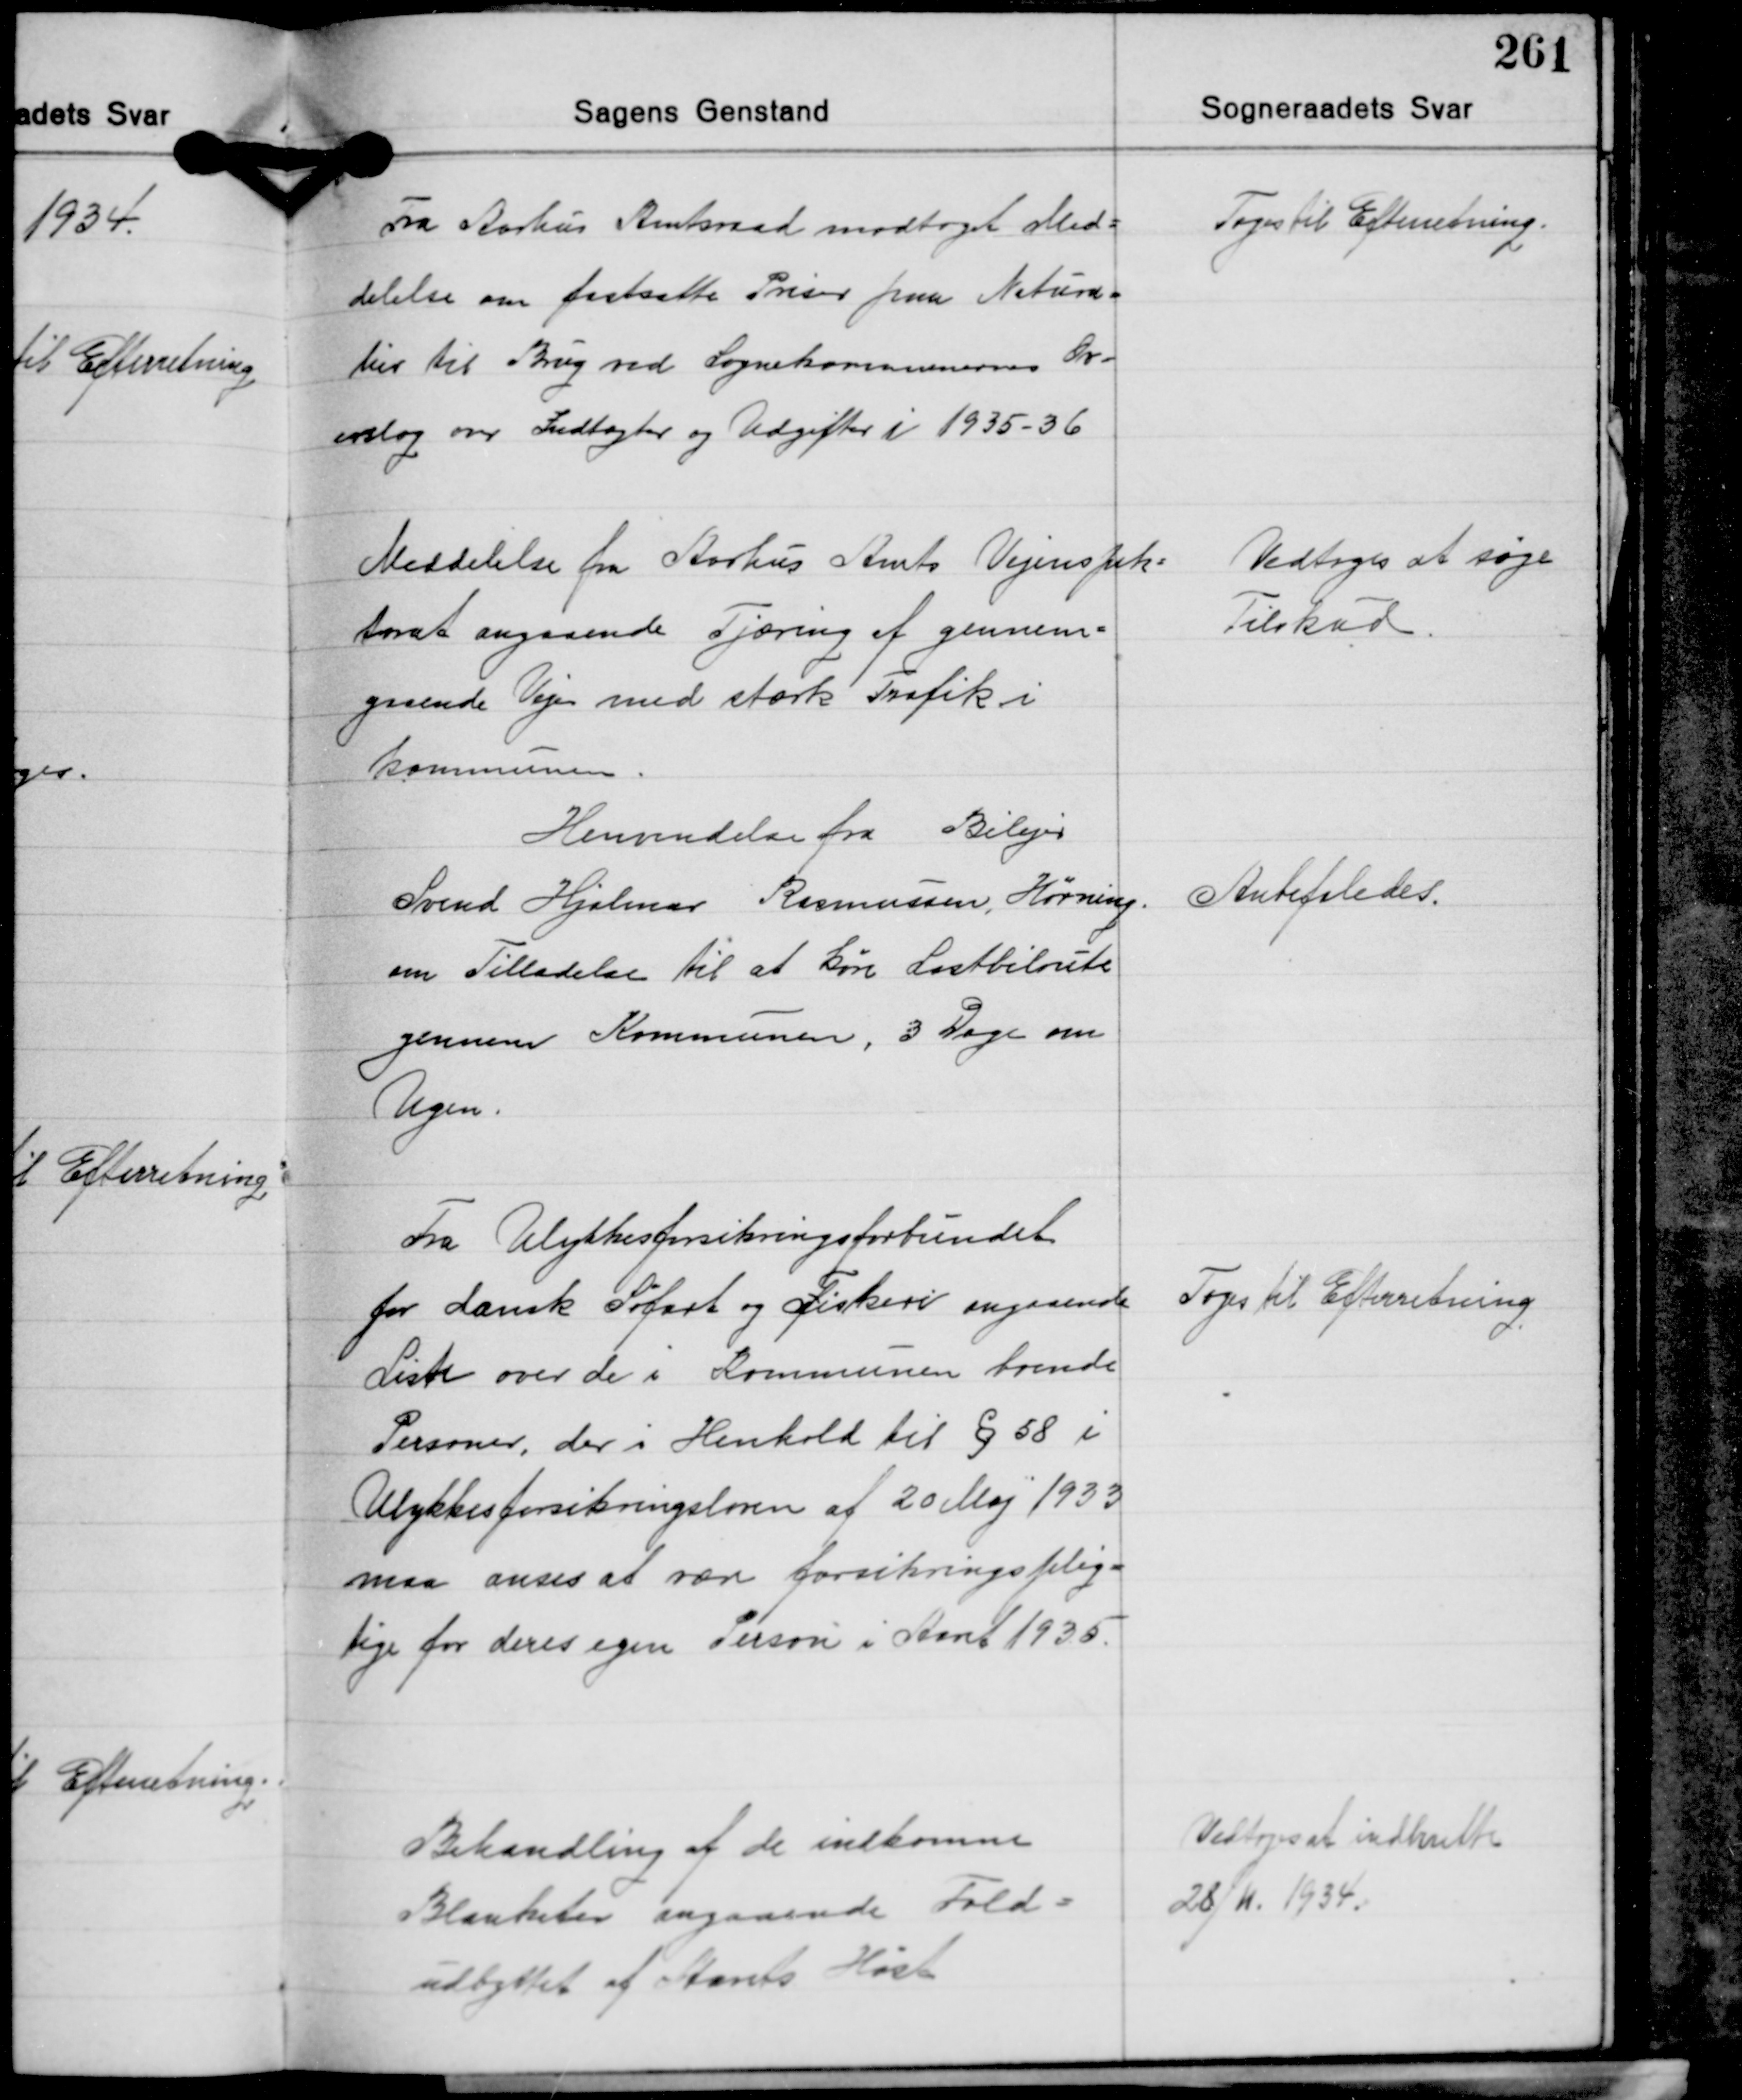
Transskription:
Fra Aarhus Amtsraad modtaget Med-
delelse om fastsatte Priser paa Natura-
lier til Brug ved Sognekommunernes Ov-
erslag over Indtægter og Udgifter i 1935-36

Toges til Efterretning.

Meddelelse fra Aarhus Amts Vejinspek-
torat angaaende Tjæring af gennem-
gaaende Veje med stærk Trafik i
Kommunen

Vedtoges at søge
Tilskud.

Henvendelse fra Bilejer
Svend Hjalmar Rasmussen, Hørning
om Tilladelse til at køre Lastbilrute
gennem Kommunen, 3 Dage om
Ugen.

Anbefaledes.

Fra Ulykkesforsikringsforbundet
for dansk Søfart og Fiskeri angaaende
Liste over de i Kommunen boende
Personer, der i Henhold til § 58 i
Ulykkesforsikringsloven af 20 Maj 1933
maa anses at være forsikringsplig-
tige for deres egen Person i Aaret 1935.

Toges til Efterretning

Behandling af de indkomne
Blanketer angaaende Fold-
udbyttet af Aarets Høst

Vedtoges at indberette
28/11 1934.